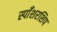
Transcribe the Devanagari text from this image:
स्पाँशरशिप